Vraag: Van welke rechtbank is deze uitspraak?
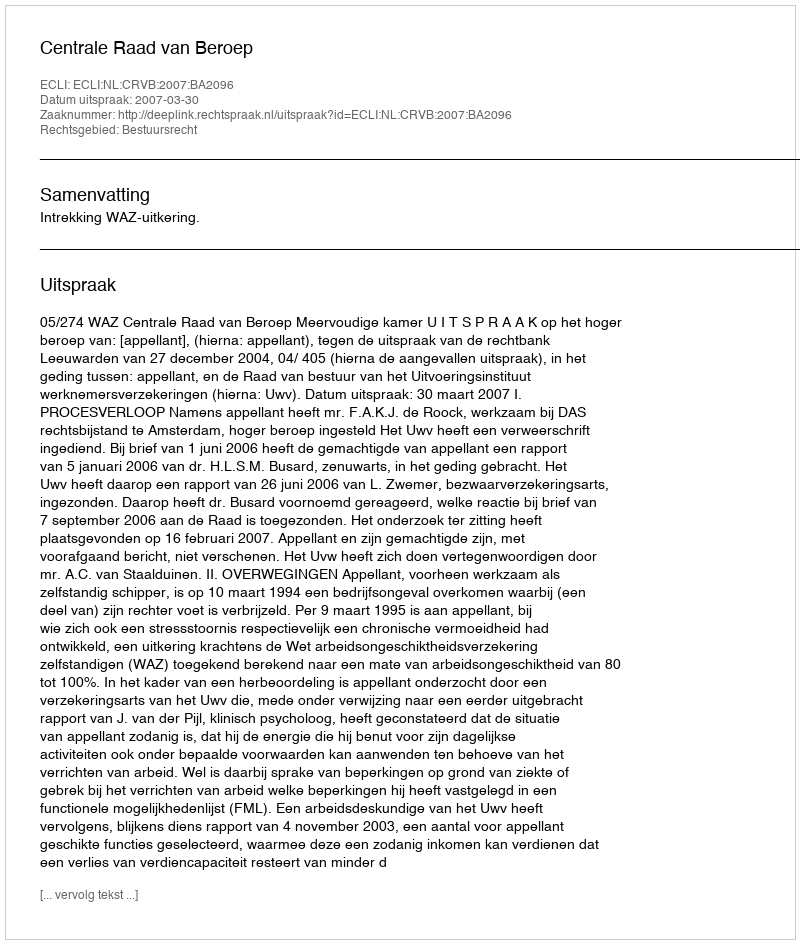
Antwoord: Centrale Raad van Beroep